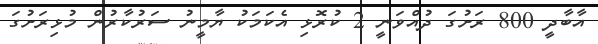
އާބާދީ 800 ރަށުގަ ދުއްވަނީ 2 ކުރޮޅި އެކަމަކު ޔާމީނު ސަރުކާރުން މުޅިރަށުގަ